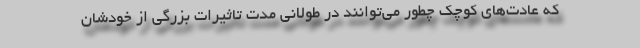
که عادت‌های کوچک چطور می‌توانند در طولانی مدت تاثیرات بزرگی از خودشان